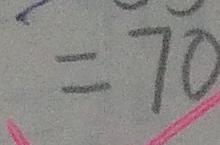
= 7 0